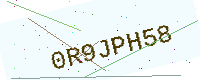
Text: 0R9JPH58